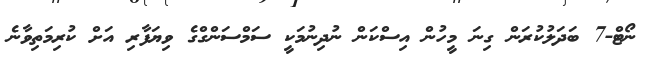
ނޯޓް-7 ބަދަލުކުރަން ގިނަ މީހުން އިސްކަން ނުދިނުމަކީ ސަމްސަންގްގެ ވިޔަފާރި އަށް ކުރިމަތިވާނެ